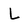
Character: L